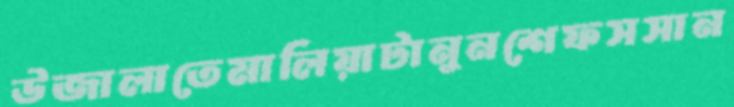
উজালাতেমালিয়াটানুনশেফসসান